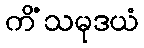
ကိံသမုဒယံ